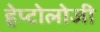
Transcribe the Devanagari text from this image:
हेप्टोलोजी